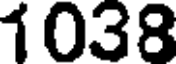
1038